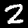
Digit: 2